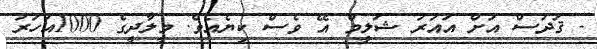
- ޤުދުސް އަށް އައުރު ޝަލީމް އޭ ވެސް ކިޔެއެވެ. މީލާދީގެ 1000އަހަރު